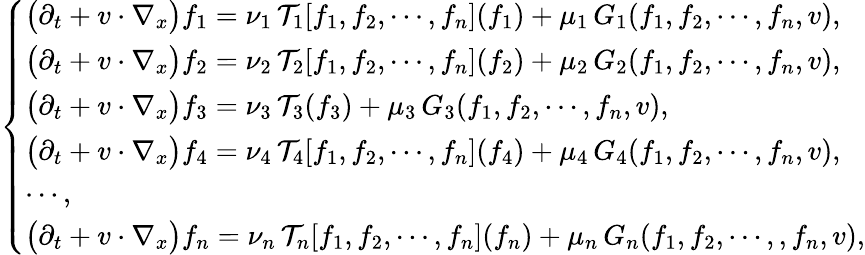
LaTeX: \left\{ \begin{array}{ll}{\big(\partial_{t}+v\cdot\nabla_{x}\big)f_{1}=\nu_{1}\, \mathcal{T}_{1}[f_{1},f_{2},\cdots,f_{n}](f_{1})+\mu_{1}\, G_{1}(f_{1},f_{2},\cdots,f_{n},v),}\\ {\big(\partial_{t}+v\cdot\nabla_{x}\big)f_{2}=\nu_{2}\, \mathcal{T}_{2}[f_{1},f_{2},\cdots,f_{n}](f_{2})+\mu_{2}\, G_{2}(f_{1},f_{2},\cdots,f_{n},v),}\\ {\big(\partial_{t}+v\cdot\nabla_{x}\big)f_{3}=\nu_{3}\, \mathcal{T}_{3}(f_{3})+\mu_{3}\, G_{3}(f_{1},f_{2},\cdots,f_{n},v),}\\ {\big(\partial_{t}+v\cdot\nabla_{x}\big)f_{4}=\nu_{4}\, \mathcal{T}_{4}[f_{1},f_{2},\cdots,f_{n}](f_{4})+\mu_{4}\, G_{4}(f_{1},f_{2},\cdots,f_{n},v),}\\ {\cdots,}\\ {\big(\partial_{t}+v\cdot\nabla_{x}\big)f_{n}=\nu_{n}\, \mathcal{T}_{n}[f_{1},f_{2},\cdots,f_{n}](f_{n})+\mu_{n}\, G_{n}(f_{1},f_{2},\cdots,,f_{n},v),}\end{array}\right.